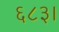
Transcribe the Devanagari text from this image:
६८३।